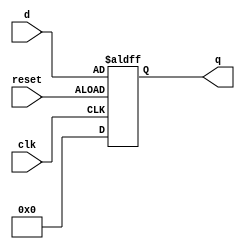
module DFF_5Bit(clk, d, q, reset);
input [5:1] d;
input clk, reset;
output reg [5:1] q;

initial begin
	q <= 5'b00000;
end

always@(posedge clk or negedge reset)
	if(reset)
 		q <= 5'b00000;
	else
		q <= d;

endmodule